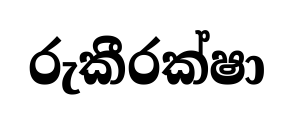
රුකීරක්ෂා